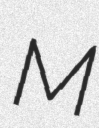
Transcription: M